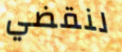
لنقضي